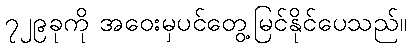
၇၂၉ခုကို အဝေးမှပင်တွေ့မြင်နိုင်ပေသည်။